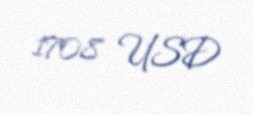
1708 USD